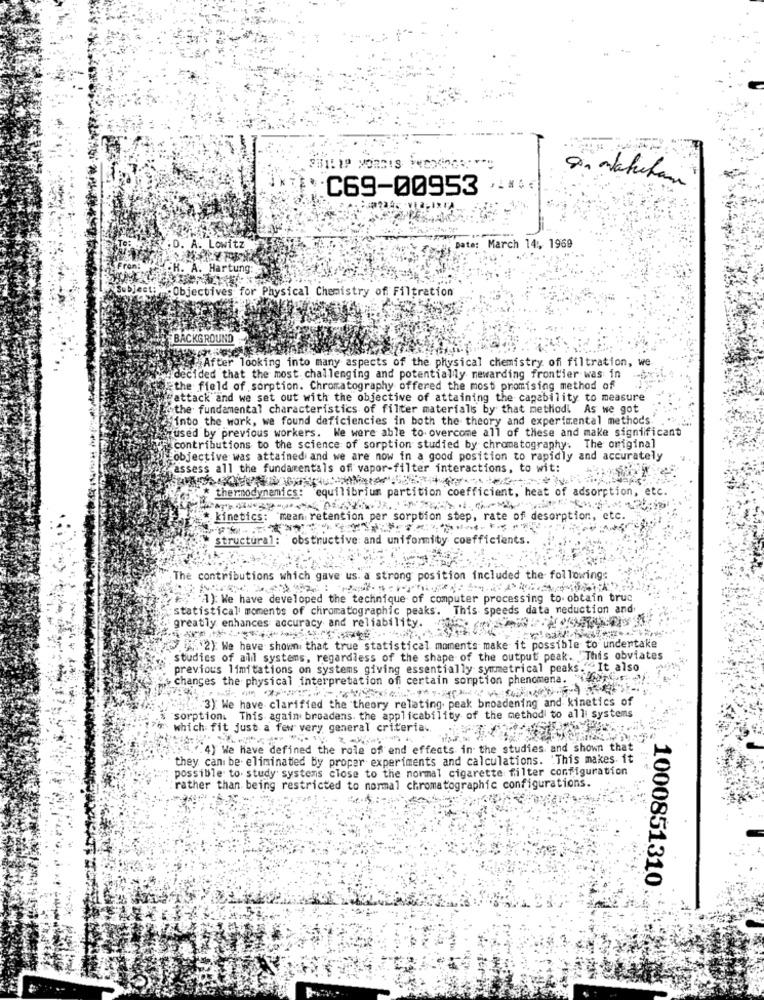
C69-00953
.....
: D. A. Lowitz
Date: March 14 :, 1969
PH. A. Hartung:
Objectives for Physical Chemistry of Filtration
BACKGROUND
After looking into many aspects of the physical chemistry ofi filtration, we
decided that the most challenging and potentially newarding frontier was in
the field of sorption. Chromatography offered the most promising method of
attack and we set out with the objective of attaining the capability to measure
"the fundamental characteristics of filter materials by that methodl" As we got
"into the work, we found deficiencies in both the theory and experimental methods.
used by previous workers. We were able to overcome all of these and make significant
contributions to the science of sorption studied by chromatography. The original
objective was attained and we are now in a good position to rapidly and accurately
assess all the fundamentals of vapor-filter interactions, to wit:
thermodynamics: equilibrium partition coefficient, heat of adsorption, etc.
kinetics: mean retention per sorption step, rate of desorption, etc.
" structural: obstructive and uniformity coefficients
The contributions which gave us. a strong position included the following:
A): We have developed the technique of computer processing to obtain truc
statistical moments of chromatographic peaks. This speeds data neduction and
greatly enhances accuracy and reliability.
"2) We have shown that true statistical moments make it possible to undertake
studies of all systems, regardless of the shape of the output peak. This obviates
previous limitations on systems giving essentially symmetrical peaks.""It also
changes the physical interpretation of certain sorption phenomena. ..
3) We have clarified the theory relating peak broadening and kinetics of
sorption. This again broadens. the applicability of the method to all systems
which fit just a few very general criteria ..
4 ""4) We have defined the role of end effects in the studies and shown that
they can be eliminated by proper experiments and calculations. 'This makes it
possible to. study systems close to the normal cigarette filter configuration
rather than being restricted to normal chromatographic configurations.
1000851310